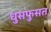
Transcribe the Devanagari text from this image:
धुसफुसत